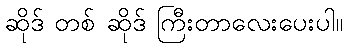
ဆိုဒ် တစ် ဆိုဒ် ကြီးတာလေးပေးပါ။